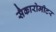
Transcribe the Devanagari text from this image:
सैकारोमीटर